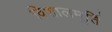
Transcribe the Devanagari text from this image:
विशालमूर्ति